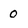
Character: 0